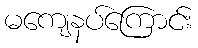
မကျေနပ်ကြောင်း